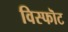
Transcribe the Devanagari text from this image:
विस्फॊट